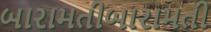
બારામતીબારામતી